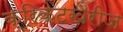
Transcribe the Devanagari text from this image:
क्रिकेटखेरीज